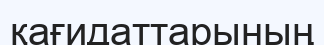
қағидаттарының